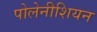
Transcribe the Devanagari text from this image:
पोलेनीशियन